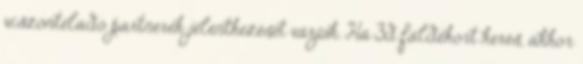
viszonteladó partnerek jelentkezését várjuk. Ha 3d faldekort keres, akkor